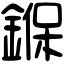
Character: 𨩚